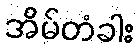
အိမ်တံခါး